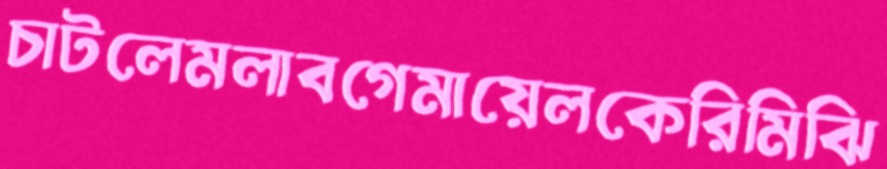
চাটলেমলাবগেমায়েলকেরিমিঝি